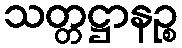
သတ္တဋ္ဌာနဉ္စ